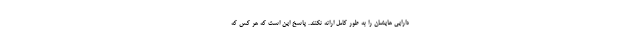
دارایی هایشان را به طور کامل ارائه نکنند. پاسخ این است که هر کس که